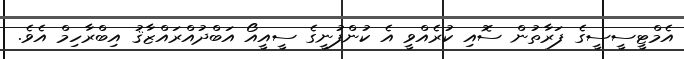
އެމްޓީސީސީގެ ފަރާތުން ސޮއި ކުރެއްވީ އެ ކުންފުނީގެ ސީއީއޯ އަބްދުއްރައްޒާޤު އިބްރާހިމް އެވެ.